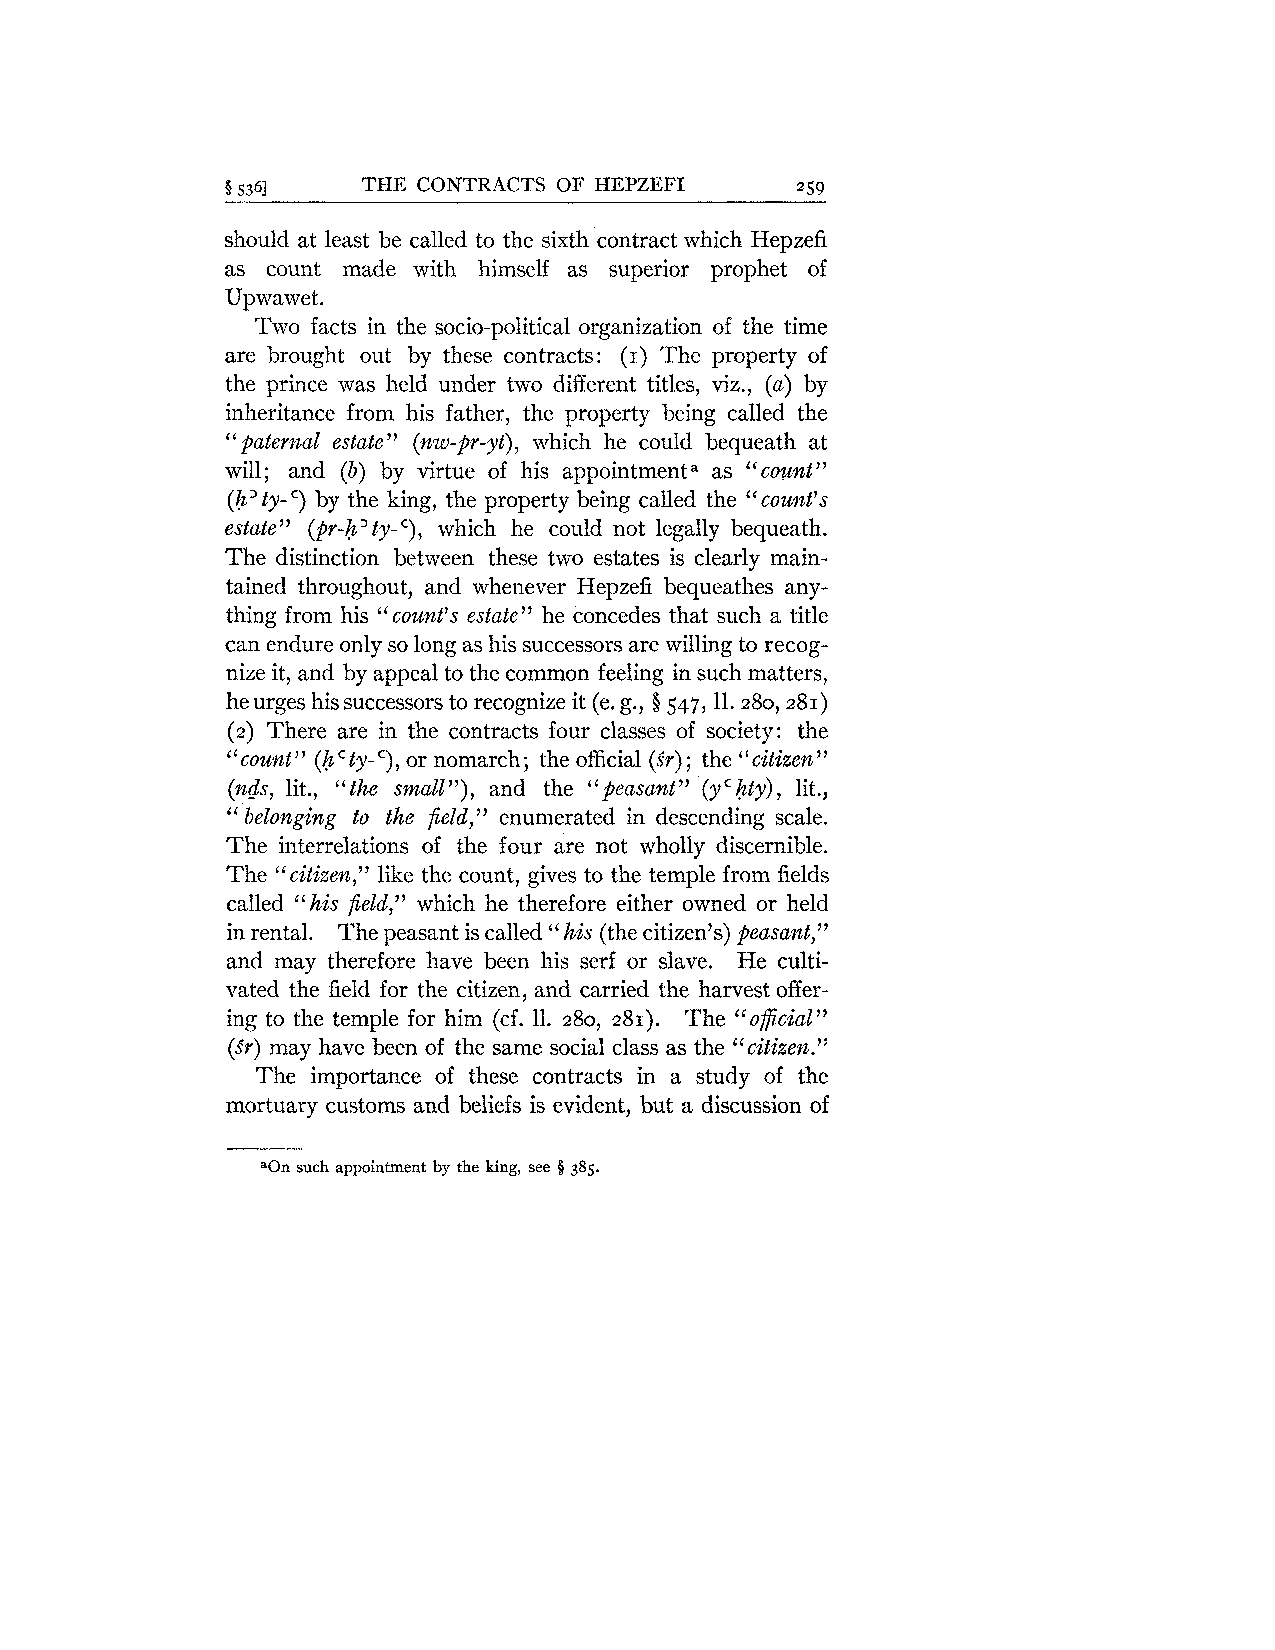
6 5361   THE CONTRACTS OF HEPZEFI     259
 should at least be called to the sixth contract which Hepzefi
 as count made with himself as superior prophet of
 Upwawet.
 Two facts in the socio-political organization of the time
 are brought out by these contracts: (I) The property of
 the prince was held under two different titles, viz., (a) by
 inheritance from his father, the property being called the
 '' pater~zal estate (nw-pr-yt), which he could bequeath at
 "
 will; and (b) by virtue of his appoint~nentaa s "count"
 (h' ty- ') by the king, the property being called the cou?zt7s
 "
 estate" (pr-;Tz' ty- C), which he could not legally bequeath.
 The distinction between these two estates is clearly main-
 tained throughout, and whenever Hepzefi bequeathes any-
 thing from his "count's estate" he concedes that such a title
 can endure only so long as his successors are willing to recog-
 nize it, and by appeal to the common feeling in such matters,
 O
 he urges his successors to recognize it (e. g., 547,ll. 280,281)
 There are in the contracts four classes of society: the
 (2)
 (6
 '(count ty- '), or nomarch ; the official (Sr) ; the "citize~z
 "                                 "
 (n&, lit., "the small "), and the "peasant" (yC;Tzty), lit.,
 belonging to the field," enumerated in descending scale.
 "
 The interrelations of the four are not wholly discernible.
 The "citize~z," like the count, gives to the temple from fields
 called "his field," which he therefore either owned or held
 in rental. The peasant is called "his (the citizen's) peasant,"
 and may therefore have been his serf or slave. He culti-
 vated the field for the citizen, and carried the harvest offer-
 ing to the temple for him (cf. 11. 280, 281). The "oficial"
 (Sr) may have been of the same social class as the "citizen."
 The importance of these contracts in a study of the
 mortuary customs and beliefs is evident, but a discussion of
 aOn such appointment by the king, see 8 385.